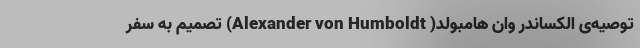
توصیه‌ی الکساندر وان هامبولد( Alexander von Humboldt) تصمیم به سفر